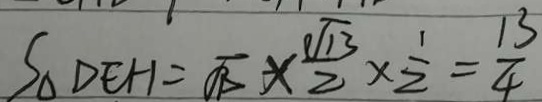
S _ { \Delta D E H } = \sqrt { 1 3 } \times \frac { \sqrt { 1 3 } } { 2 } \times \frac { 1 } { 2 } = \frac { 1 3 } { 4 }